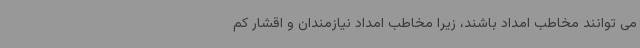
می توانند مخاطب امداد باشند، زیرا مخاطب امداد نیازمندان و اقشار کم